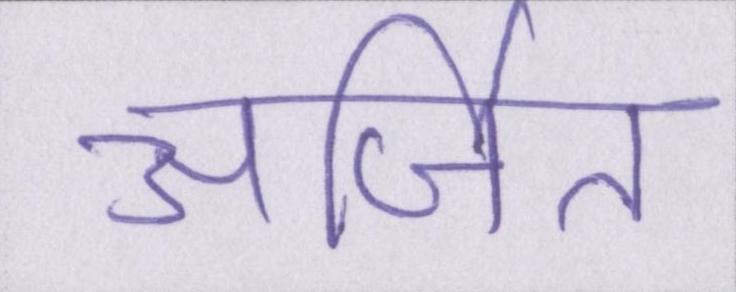
अर्जित